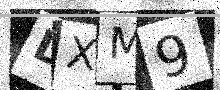
Text: DXM9